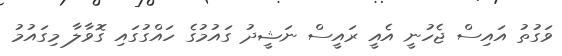
ވަގުތު އައިސް ޖެހުނީ އެއީ ރައީސް ނަޝީދު ގައުމުގެ ހައްގުގައި ގޮވާލާ މިގައުމު